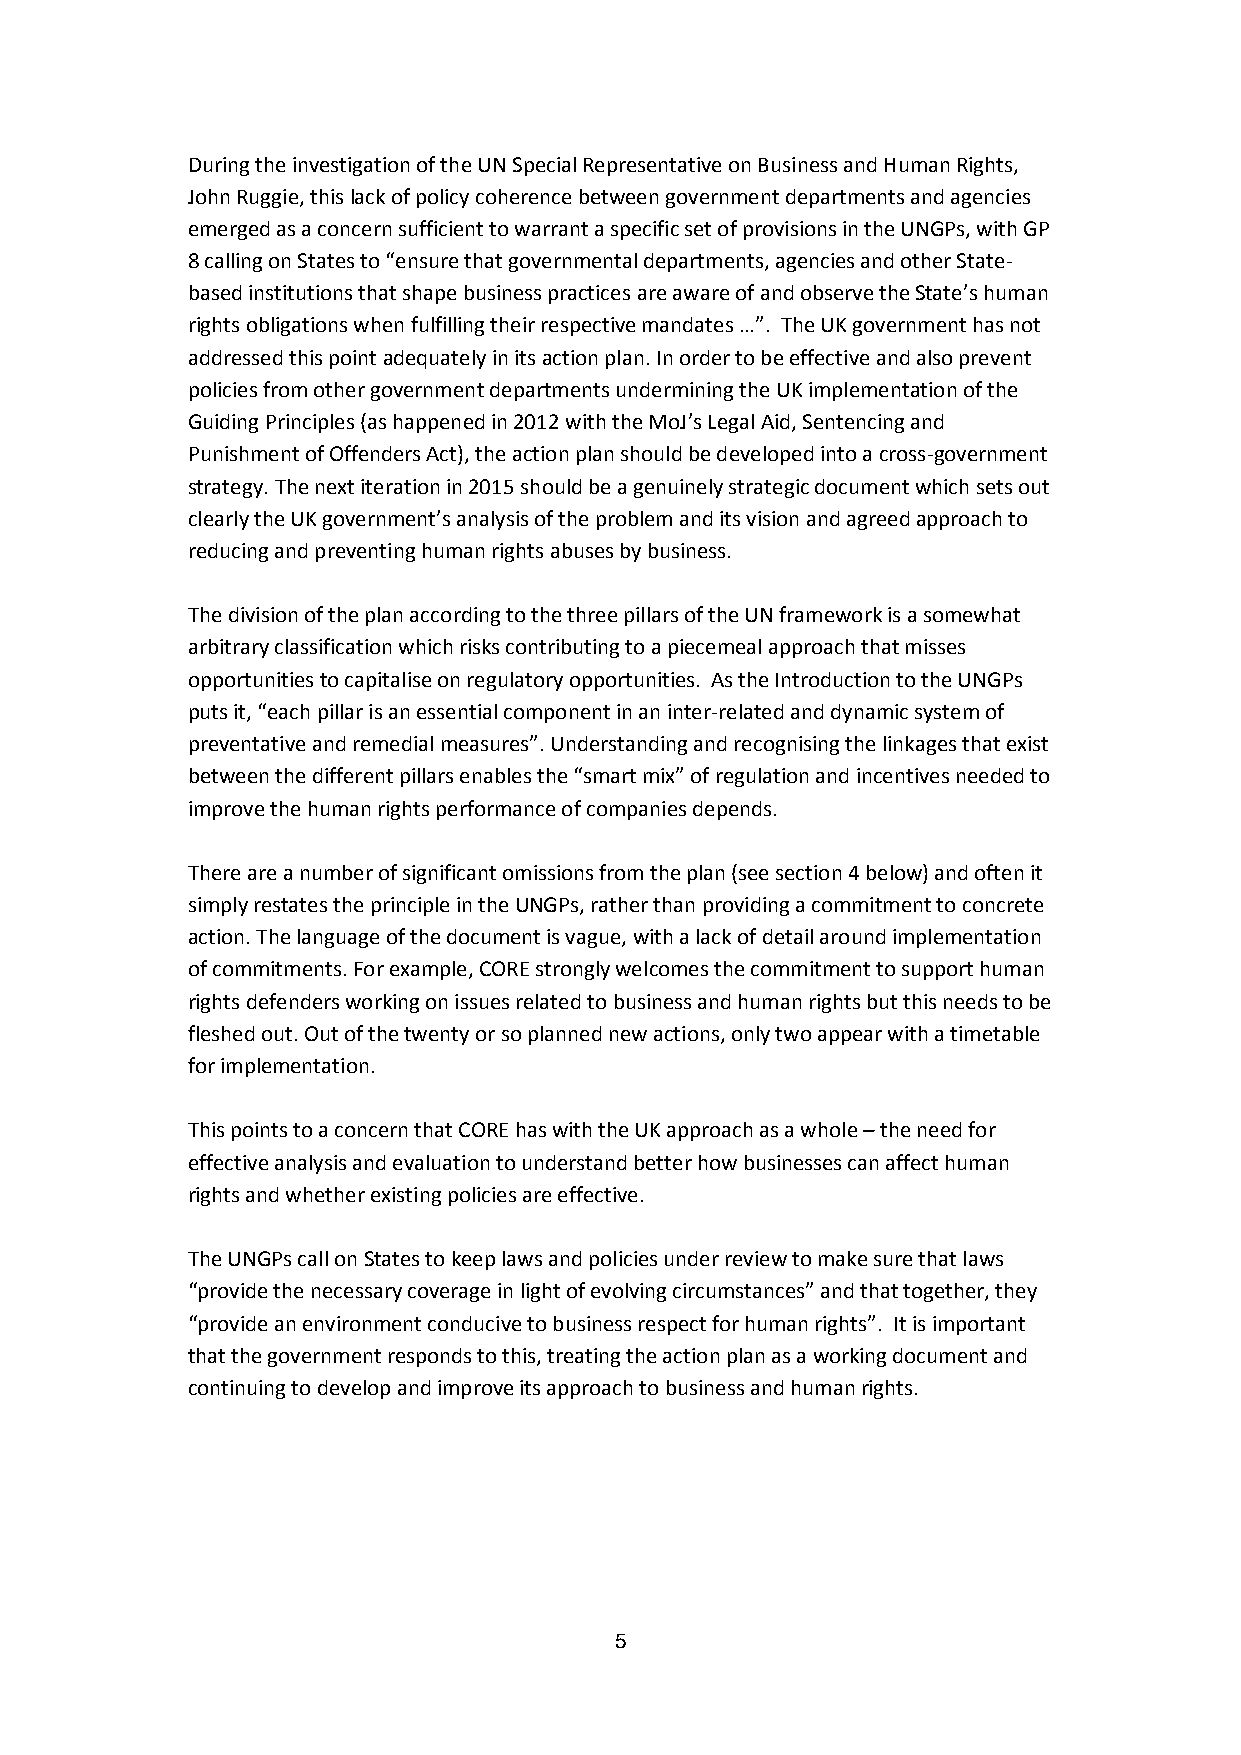
During the investigation of the UN Special Representative on Business and Human Rights,
 John Ruggie, this lack of policy coherence between government departments and agencies
 emerged as a concern sufficient to warrant a specific set of provisions in the UNGPs, with GP
 8 calling on States to “ensure that governmental departments, agencies and other State-
 based institutions that shape business practices are aware of and observe the State’s human
 rights obligations when fulfilling their respective mandates …”. The UK government has not
 addressed this point adequately in its action plan. In order to be effective and also prevent
 policies from other government departments undermining the UK implementation of the
 Guiding Principles (as happened in 2012 with the MoJ’s Legal Aid, Sentencing and
 Punishment of Offenders Act), the action plan should be developed into a cross-government
 strategy. The next iteration in 2015 should be a genuinely strategic document which sets out
 clearly the UK government’s analysis of the problem and its vision and agreed approach to
 reducing and preventing human rights abuses by business.
 The division of the plan according to the three pillars of the UN framework is a somewhat
 arbitrary classification which risks contributing to a piecemeal approach that misses
 opportunities to capitalise on regulatory opportunities. As the Introduction to the UNGPs
 puts it, “each pillar is an essential component in an inter-related and dynamic system of
 preventative and remedial measures”. Understanding and recognising the linkages that exist
 between the different pillars enables the “smart mix” of regulation and incentives needed to
 improve the human rights performance of companies depends.
 There are a number of significant omissions from the plan (see section 4 below) and often it
 simply restates the principle in the UNGPs, rather than providing a commitment to concrete
 action. The language of the document is vague, with a lack of detail around implementation
 of commitments. For example, CORE strongly welcomes the commitment to support human
 rights defenders working on issues related to business and human rights but this needs to be
 fleshed out. Out of the twenty or so planned new actions, only two appear with a timetable
 for implementation.
 This points to a concern that CORE has with the UK approach as a whole – the need for
 effective analysis and evaluation to understand better how businesses can affect human
 rights and whether existing policies are effective.
 The UNGPs call on States to keep laws and policies under review to make sure that laws
 “provide the necessary coverage in light of evolving circumstances” and that together, they
 “provide an environment conducive to business respect for human rights”. It is important
 that the government responds to this, treating the action plan as a working document and
 continuing to develop and improve its approach to business and human rights.
 5